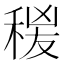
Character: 𥟛